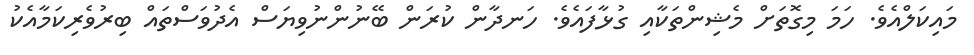
މައިކަލްއެވެ. ހަމަ މިގޮތަށް މެޝިންތަކާއި ގުޅާފައެވެ. ހަނދާން ކުރަން ބޭނުންނުވިޔަސް އެދުވަސްތައް ބިރުވެރިކަމާއެކު